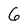
Character: 6